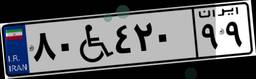
۸۰W۴۲۰۹۹